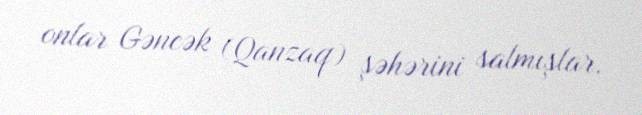
onlar Gəncək (Qanzaq) şəhərini salmışlar.